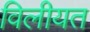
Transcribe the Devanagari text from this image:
विलीयत